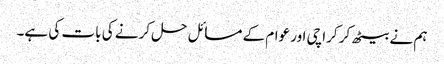
ہم نے بیٹھ کر کراچی اور عوام کے مسائل حل کرنے کی بات کی ہے۔